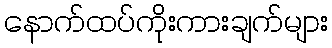
နောက်ထပ်ကိုးကားချက်များ